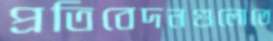
প্রতিবেদনগুলোতে